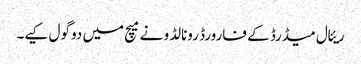
ریئال میڈرڈ کے فارورڈ رونالڈو نے میچ میں دو گول کیے۔